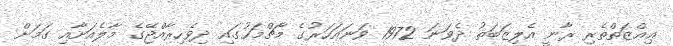
ޢިއްޒަތްތެރި ރާނީ އެލިޒަބަތު ދެވަނަ 1972 ވަނައަހަރުގެ މާޗްމަހުގައި ދިވެހިރާއްޖޭގެ މާލެއަށާއި ގަމަށް